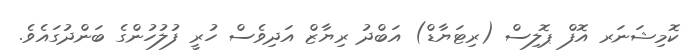
ކޮމިޝަނަރ އޮފް ޕޮލިސް (ރިޓަޔާޑް) އަބްދު ރިޔާޒް އަދިވެސް ހުރީ ފުލުހުންގެ ބަންދުގައެވެ.